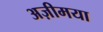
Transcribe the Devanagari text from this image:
अज़ीमया